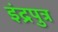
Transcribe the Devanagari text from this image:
इंद्रपुत्र